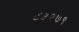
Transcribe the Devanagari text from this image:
८३२७९